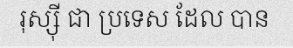
រុស្ស៊ី ជា ប្រទេស ដែល បាន